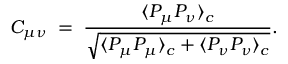
C _ { \mu \nu } \; = \; { \frac { \displaystyle \langle P _ { \mu } P _ { \nu } \rangle _ { c } } { \displaystyle \sqrt { \langle P _ { \mu } P _ { \mu } \rangle _ { c } + \langle P _ { \nu } P _ { \nu } \rangle _ { c } } } } .